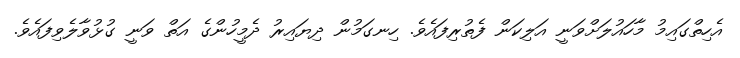
އެހިތްގައިމު މާހައުލަށްވަނީ އަލިކަން ފެތުރިފައެވެ. ހިނގަމުން ދިޔައިރު ދެމީހުންގެ އަތް ވަނީ ގުޅުވާލެވިފައެވެ.